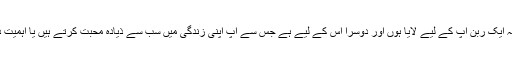
میں بھی یہ ایک ربن آپ کے لیے لایا ہوں اور دوسرا اس کے لیے ہے جس سے آپ اپنی زندگی میں سب سے ذیادہ محبت کرتے ہیں یا اہمیت دیتے ہیں ۔